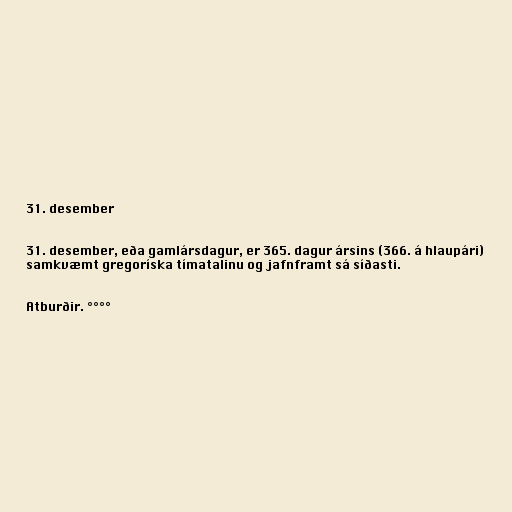
31. desember

31. desember, eða gamlársdagur, er 365. dagur ársins (366. á hlaupári)
samkvæmt gregoríska tímatalinu og jafnframt sá síðasti.

Atburðir. °°°°